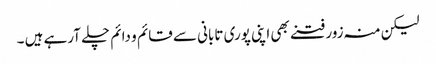
لیکن منہ زور فتنے بھی اپنی پوری تابانی سے قائم و دائم چلے آرہے ہیں ۔